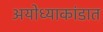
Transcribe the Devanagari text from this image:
अयोध्याकांडात